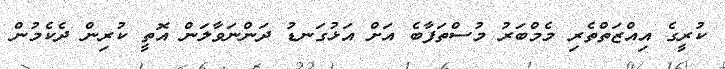
ކުރީގެ އިއްޒަތްތެރި މެމްބަރު މުސްތަފާބެ އަށް އަޅުގަނޑު ދަންނަވާލަން އޮތީ ކުރިން ދެކެމުން